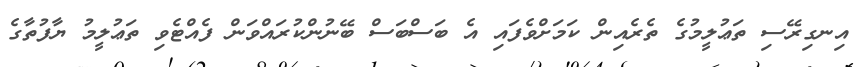
އިނގިރޭސި ތަޢުލީމުގެ ތެރެއިން ކަމަށްވެފައި އެ ބަސްބަސް ބޭނުންކުރައްވަން ފެއްޓެވި ތަޢުލީމު ޔާފުތާގެ